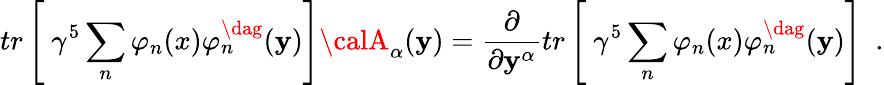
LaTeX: tr\left[\ \gamma^{5}\sum_{n}\varphi_{n}(x)\varphi_{n}^{\dag}(\mathbf{y})\right]{\calA}_{\alpha}(\mathbf{y})=\frac{{\partial}}{{\partial\mathbf{y}^{\alpha}}}tr\left[\ \gamma^{5}\sum_{n}\varphi_{n}(x)\varphi_{n}^{\dag}(\mathbf{y})\right]\ \ .